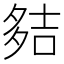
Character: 夡